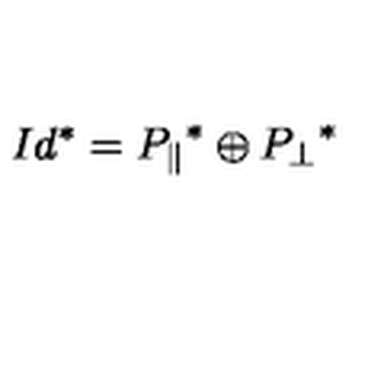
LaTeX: I d ^ { * } = { P _ { \parallel } } ^ { * } \oplus { P _ { \perp } } ^ { * }